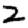
Digit: 2